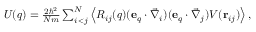
\begin{array} { r } { U ( q ) = \frac { 2 \hbar ^ { 2 } } { N m } \sum _ { i < j } ^ { N } \left\langle R _ { i j } ( q ) ( \mathbf e _ { q } \cdot \vec { \nabla } _ { i } ) ( \mathbf e _ { q } \cdot \vec { \nabla } _ { j } ) V ( \mathbf r _ { i j } ) \right\rangle , } \end{array}